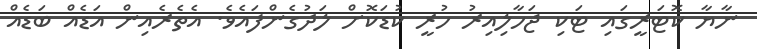
ނާޔާ ކޮޓަރީގައި ޓަކި ޖަހާލިއިރު ހުުރީ ކުޑަކޮށް ލަދުގެންފައެވެ. އެތެރެއިން އަޑެއް ބަޑެއް